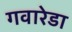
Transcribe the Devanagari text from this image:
गवारेडा